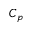
C _ { p }